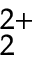
_ 2 ^ { 2 + }